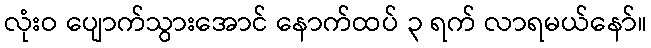
လုံးဝ ပျောက်သွားအောင် နောက်ထပ် ၃ ရက် လာရမယ်နော်။